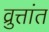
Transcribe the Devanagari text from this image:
व्रुत्तांत